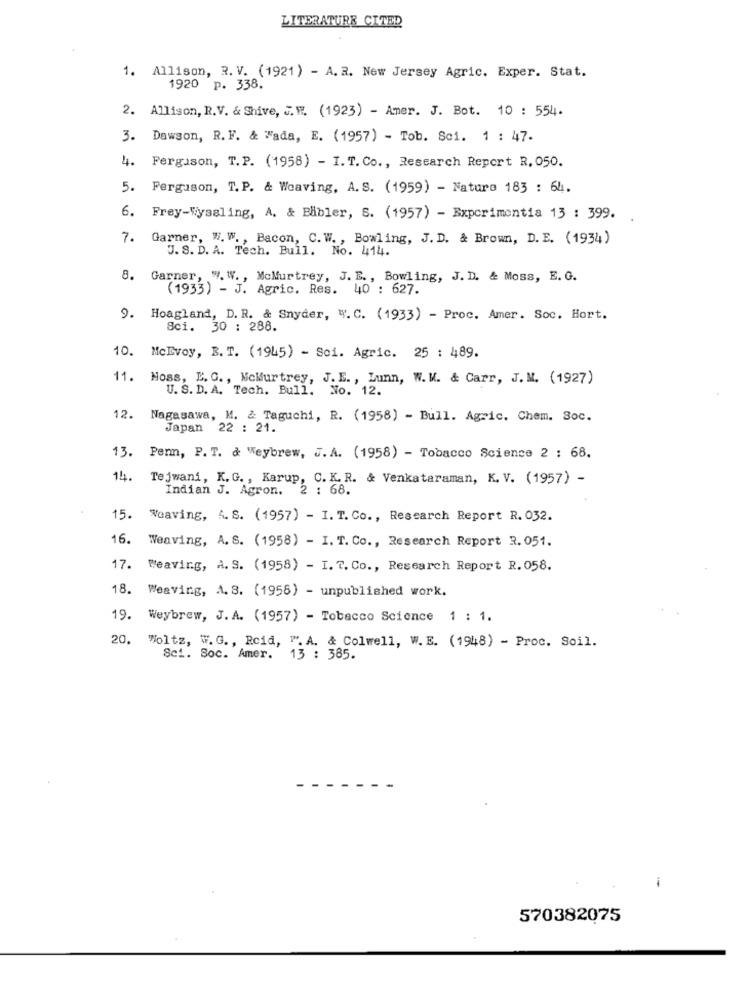
LITERATURE CITED
1. Allison, R. V. (1921) - A. R. New Jersey Agric. Exper. Stat.
1920 p. 338.
2. Allison, R.V. & Shive, J.W. (1923) - Amer. J. Bot. 10 : 554.
3.
Dawson, R. F. & Fada, E. (1957) - Tob. Sc1. 1 : 47.
4.
Ferguson, T.P. (1958) - I. T. Co ., Research Report R, 050.
5. Ferguson, T.P. & Weaving, A.S. (1959) - Naturo 183 : 64.
6. Frey-Wysaling, A. & Babler, S. (1957) - Expcrimentia 13 : 399.
7. Garner, W. W ., Bacon, C.W. , Bowling, J. D. & Brown, D. E. (1934)
J. S. D. A. Tech. Bull. No. 414.
8. Garner, ". W ., McMurtrey, J. E ., Bowling, J. D. & Moss, E. G.
(1933) - J. Agric. Res. 40 : 627.
9. Hoagland, D. R. & Snyder, W. C. (1933) - Proc. Amer. Soc. Hort.
Sci. 30 : 288.
10. McEvoy, B. T. (1945) - Sci. Agric. 25 : 489.
11. Moss, E. G ., NcMurtrey, J. E ., Lunn, W.W. & Carr, J.M. (1927)
U. S. D. A. Tech. Bull. No. 12.
12. Nagasawa, M. & Taguchi, R. (1958) - Bull. Agric. Chem. Soc.
Japan 22 : 21.
13.
Penn, P. T. & Weybrew, J. A. (1958) - Tobacco Science 2 : 68.
14. Tejwani, K.G ., Karup, C. K. R. & Venkataraman, K. V. (1957) -
Indian J. Agron.
2 : 68.
15.
Weaving, A. S. (1957) - I. T. Co ., Research Report R. 032.
16.
Weaving, A. S. (1958) - I. T. Co ., Research Report R. 051.
17.
Weaving, A. S. (1958) - I. T. Co ., Research Report R. 058.
18. Weaving, A. S. (1958) - unpublished work.
19. Weybrew, J. A. (1957) - Tobacco Science
1 : 1.
20. "oltz, W. G ., Reid, "". A. & Colwell, W.E. (1948) - Proc. Soil.
Sci. Soc. Amer.
13 : 385.
570382075